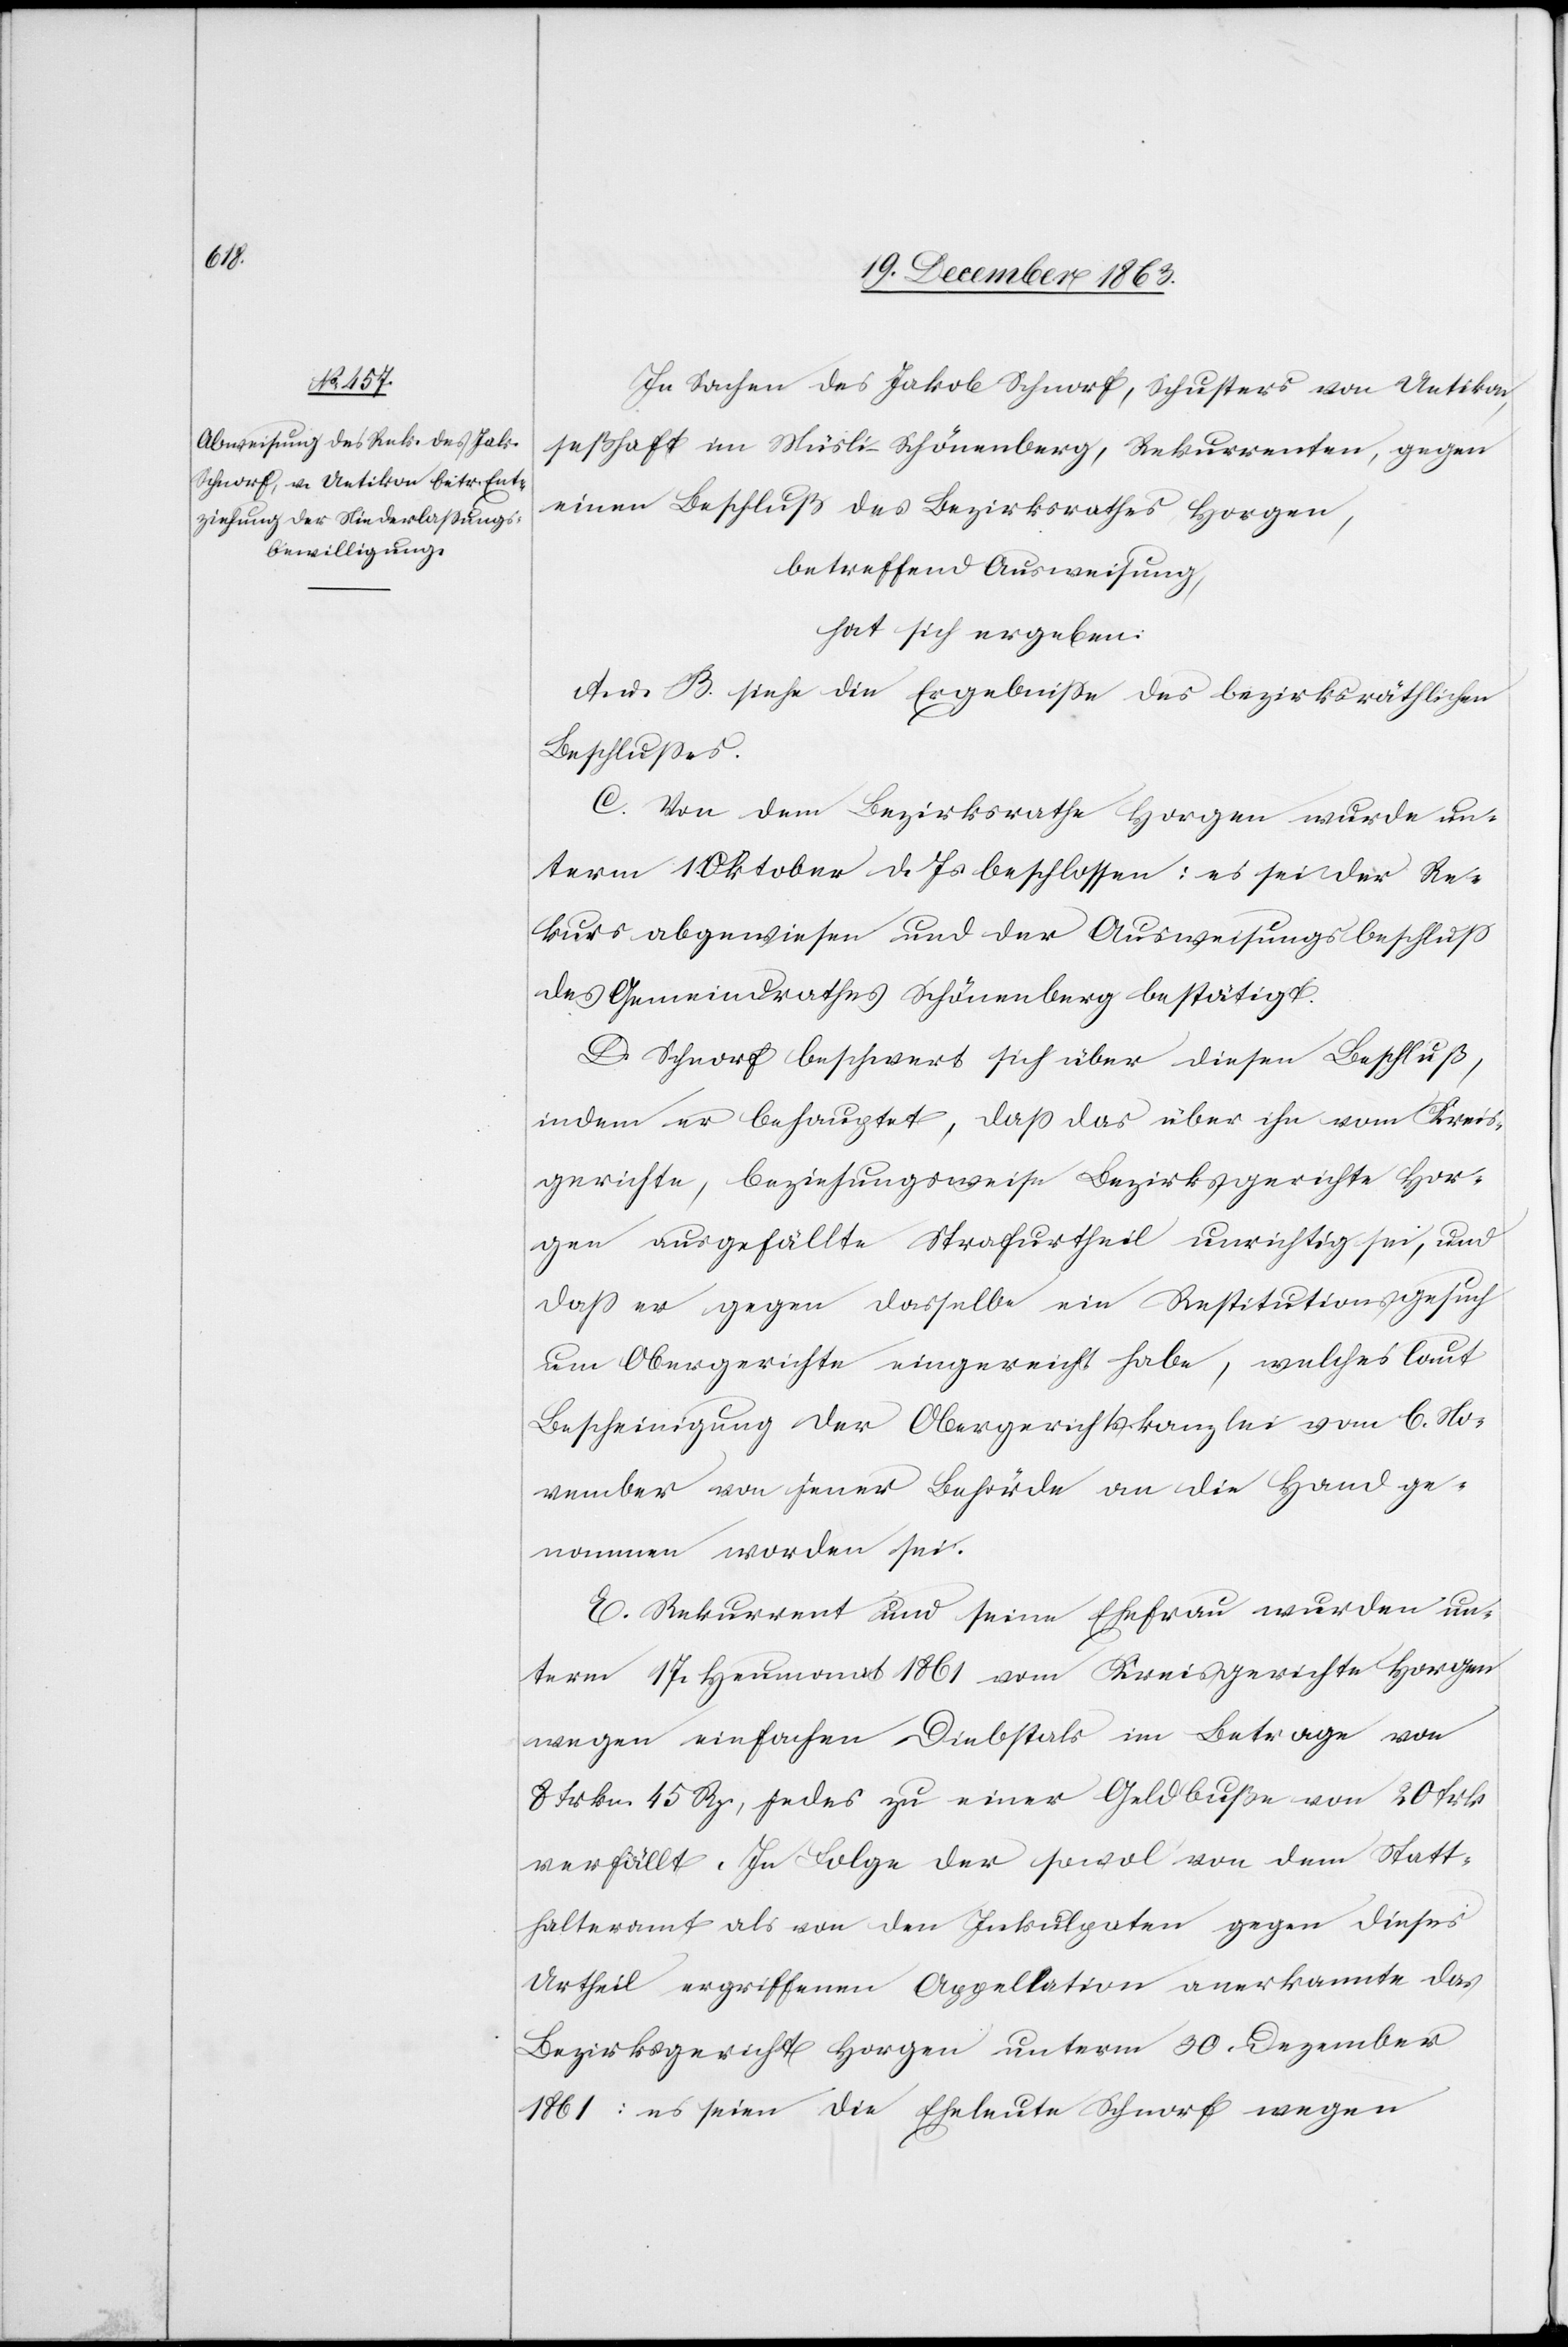
In Sachen des Jakob Schnorf, Schusters von Uetikon,
seßhaft im Müsli-Schönenberg, Rekurrenten, gegen
einen Beschluß des Bezirksrathes Horgen,
betreffend Ausweisung,
hat sich ergeben:
A. u. B. siehe die Ergebnisse des bezirksräthlichen
Beschlusses.
C. Von dem Bezirksrathe Horgen wurde un¬
term 1. Oktober d. Js. beschlossen: es sei der Re¬
kurs abgewiesen und der Ausweisungsbeschluss
des Gemeindrathes Schönenberg bestätigt.
D. Schnorf beschwert sich über diesen Beschluß,
indem er behauptet, dass das über ihn vom Kreis¬
gerichte, beziehungsweise Bezirksgerichte Hor¬
gen ausgefällte Strafurtheil unrichtig sei, und
dass er gegen dasselbe ein Restitutionsgesuch
Obergerichte eingereicht habe, welches laut
Bescheinigung der Obergerichtskanzlei vom 6. No¬
vember von jener Behörde an die Hand ge¬
nommen worden sei.
E. Rekurrent und seine Ehefrau wurden un¬
term 17. Heumonat 1861 vom Kreisgerichte Horgen
wegen einfachen Diebstals im Betrage von
8 Frkn. 45 Rp., jedes zu einer Geldbuße von 20 Frk.
verfällt. In Folge der sowol von dem Statt¬
halteramt als von den Inkulpaten gegen dieses
Urtheil ergriffenen Appellation anerkannte das
Bezirksgericht Horgen unterm 30. Dezember
1861: es seien die Eheleute Schnorf wegen